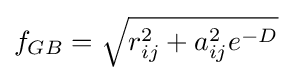
f_{GB}={\sqrt {r_{ij}^{2}+a_{ij}^{2}e^{-D}}}